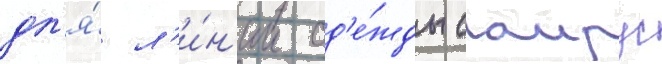
дл'я́ л'и́н'ии од'е́жды саирус